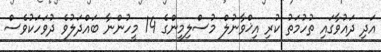
އަދި ދައުވާގައި ތުހުމަތު ކުރި އިޚްވާނުލް މުސްލިމީންގެ 14 މީހުންނާ ބައްދަލުވެ ދުވަހަކުވެސް